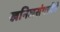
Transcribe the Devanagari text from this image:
खनिजसंपत्तीने